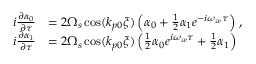
\begin{array} { r l } { i \frac { \partial \alpha _ { 0 } } { \partial \tau } } & { = 2 \Omega _ { s } \cos ( k _ { p 0 } \xi ) \left( \alpha _ { 0 } + \frac { 1 } { 2 } \alpha _ { 1 } e ^ { - i \omega _ { w } \tau } \right) \, , } \\ { i \frac { \partial \alpha _ { 1 } } { \partial \tau } } & { = 2 \Omega _ { s } \cos ( k _ { p 0 } \xi ) \left( \frac { 1 } { 2 } \alpha _ { 0 } e ^ { i \omega _ { w } \tau } + \frac { 1 } { 2 } \alpha _ { 1 } \right) } \end{array}